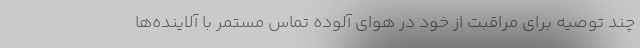
چند توصیه برای مراقبت از خود در هوای آلوده تماس مستمر با آلاینده‌ها